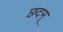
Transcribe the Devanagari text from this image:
छदम्